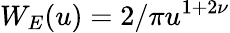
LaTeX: W_{E}(u)=2/\pi u^{1+2\nu}